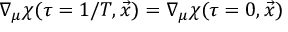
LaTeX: \nabla _ { \mu } \chi ( \tau = 1 / T , \vec { x } ) = \nabla _ { \mu } \chi ( \tau = 0 , \vec { x } )